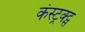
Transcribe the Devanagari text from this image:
कंस्ट्रक्ट्स